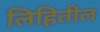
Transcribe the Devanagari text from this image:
लिहितील